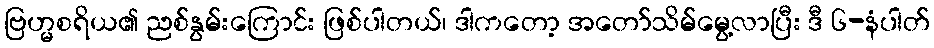
ဗြဟ္မစရိယ၏ ညစ်နွမ်းကြောင်း ဖြစ်ပါတယ်၊ ဒါကတော့ အတော်သိမ်မွေ့လာပြီး ဒီ ၆-နံပါတ်